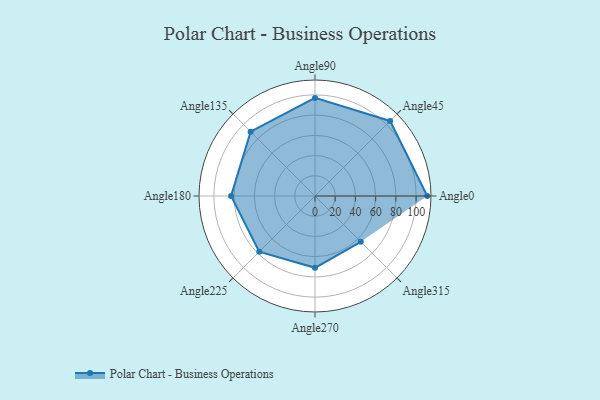
{"axis": {"x": "Angle", "y": "Radius"}, "legend": [""], "data": [{"x": "Angle0", "y": 111.0, "type": ""}, {"x": "Angle45", "y": 105.0, "type": ""}, {"x": "Angle90", "y": 97.0, "type": ""}, {"x": "Angle135", "y": 90.0, "type": ""}, {"x": "Angle180", "y": 83.0, "type": ""}, {"x": "Angle225", "y": 78.0, "type": ""}, {"x": "Angle270", "y": 71.0, "type": ""}, {"x": "Angle315", "y": 64.0, "type": ""}]}